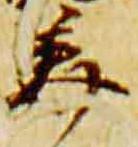
美